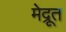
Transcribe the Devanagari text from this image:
मेद्रूत